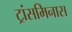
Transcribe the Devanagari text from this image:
ट्रांसमिनास